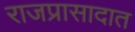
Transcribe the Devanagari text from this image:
राजप्रासादात